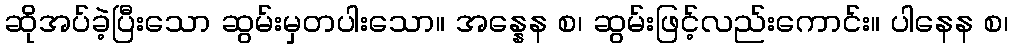
ဆိုအပ်ခဲ့ပြီးသော ဆွမ်းမှတပါးသော။ အန္နေန စ၊ ဆွမ်းဖြင့်လည်းကောင်း။ ပါနေန စ၊